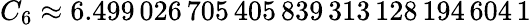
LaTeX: C_{6}\approx 6.499\, 026\, 705\, 405\, 839\, 313\, 128\, 194\, 604\, 1